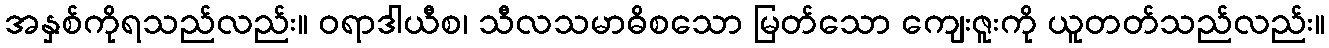
အနှစ်ကိုရသည်လည်း။ ဝရာဒါယီစ၊ သီလသမာဓိစသော မြတ်သော ကျေးဇူးကို ယူတတ်သည်လည်း။